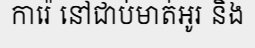
ការ៉េ នៅជាប់មាត់អូរ និង